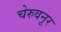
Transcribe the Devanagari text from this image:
चेरुवनूर